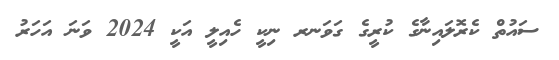
ސައުތް ކެރޮލައިނާގެ ކުރީގެ ގަވަނރ ނިކީ ހެއިލީ އަކީ 2024 ވަނަ އަހަރު